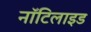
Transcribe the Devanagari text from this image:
नॉटिलाइड